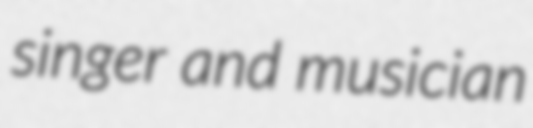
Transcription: singer and musician